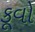
કૂવો